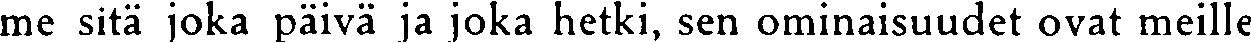
me sitä joka päivä ja joka hetki, sen ominaisuudet ovat meille